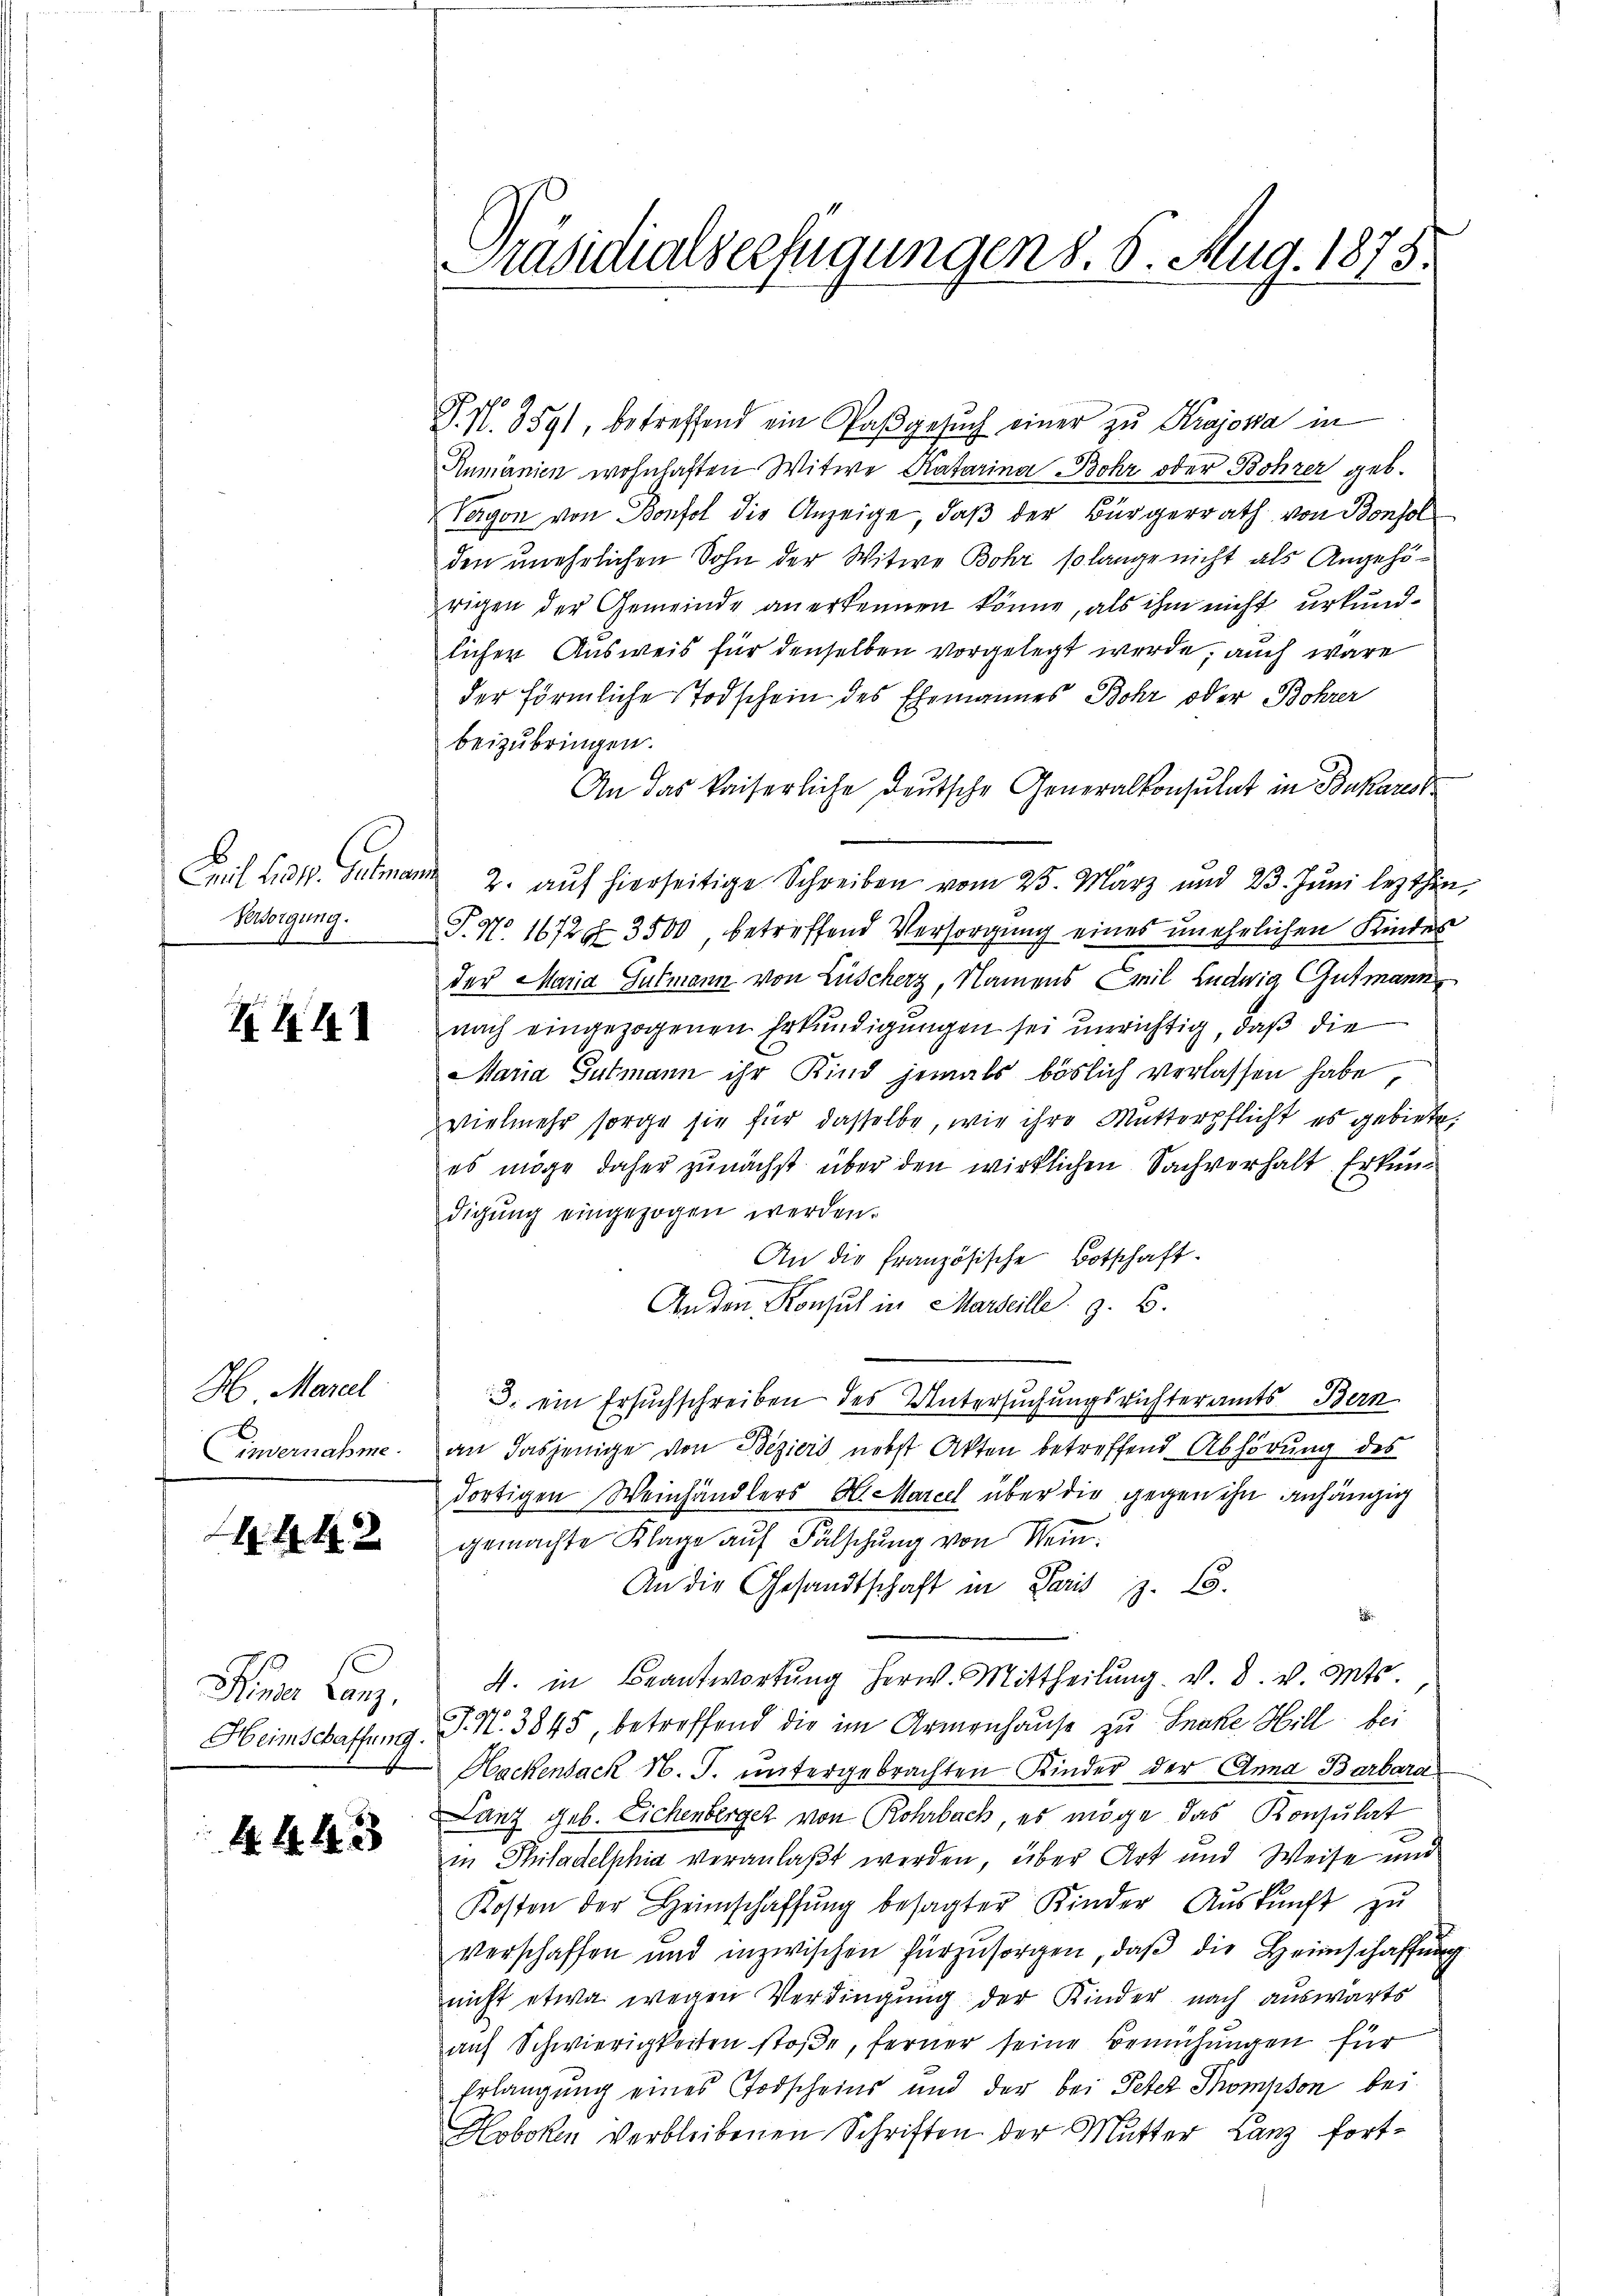
Cril 184. Gutna
Versorgung.

K.A

H Marel
Einvernahme.

444

Hn. Canz
Heimschaffung.

4443

P.N. 3591, betreffend ein Paβgesŭch einer zu Krojosa in
Rumänien wohnhaften Witwe Katarina Bohr oder Bohrer geb.
Vergon von Bonfol die Anzeige, daß der Bürgerrath von Bonsol
den unehelichen Sohn der Witwe Bohr solange nicht als Angehörigen der Gemeinde anerkennen könne, als ihm nicht urkundlicher Ausweis für denselben vorgelegt werde, auch wäre
der förmliche Todschein des Ehemannes Bohr oder Bohrer
beizubringen.
An das kaiserliche deutsche Generalkonsulat in Bukanist
2. auf hierseitige Schreiben vom 25. März und 23. Juni lezthin,
T. No 1672. 3500 betreffend Versorgung eines unehelichen Kindes
der Maria Gutmann von Lüscherz, Namens Emil Ludwig Gutmann
nach eingezogenen Erkundigungen sei unrichtig, daß die
Maria Gutmann ihr Kind jemals böslich verlassen habe
vielmehr sorge sie für dasselbe, wie ihre Mutterpflicht es gebiete,
es möge daher zunächst über den wirklichen Sachverhalt Erkundigŭng eingezogen werden.
An die französische Botschaft.
Anden Konsul in Marseille z. B.
3. ein Ersuchschreiben des Untersuchungsrichteramts Bern
an dasjenige von Beziers nebst Akten betreffend Abhörung des
dortigen Weinhändlers H. Marcel über die gegen ihn anhängig
gemachte Klage auf Fälschung von Mein
An die Gesandtschaft in Paris Z. 15.
4. in Beantwortŭng herw. Mittheilung. v. 8. v. Mts.
J. N. 3845, betreffend die im Armenhause zu Inake Hill bei
Hackensack N. T. untergebrachten Kinder der Anna Barbara
Lanz geb. Eichenberger von Rohrbach, es möge das Konsulat
in Philadelphia veranlaßt werden, über Art und Weise und
Kosten der Heimschaffŭng besagter Kinder Aŭskŭnft zu
verschaffen und inzwischen fürzŭsorgen, daβ die Heimschaffung
nicht etwa wegen Verdingung der Kinder nach auswärts
auf Schwierigkeiten stoβe, ferner seine Bemühŭngen für
Erlangung eines Todscheins und der bei Peter Thompson bei
Hoboken verbleibenen Schriften der Mutter Lanz fort¬

Präsidialserfügungen s. S. Aug. 1875.